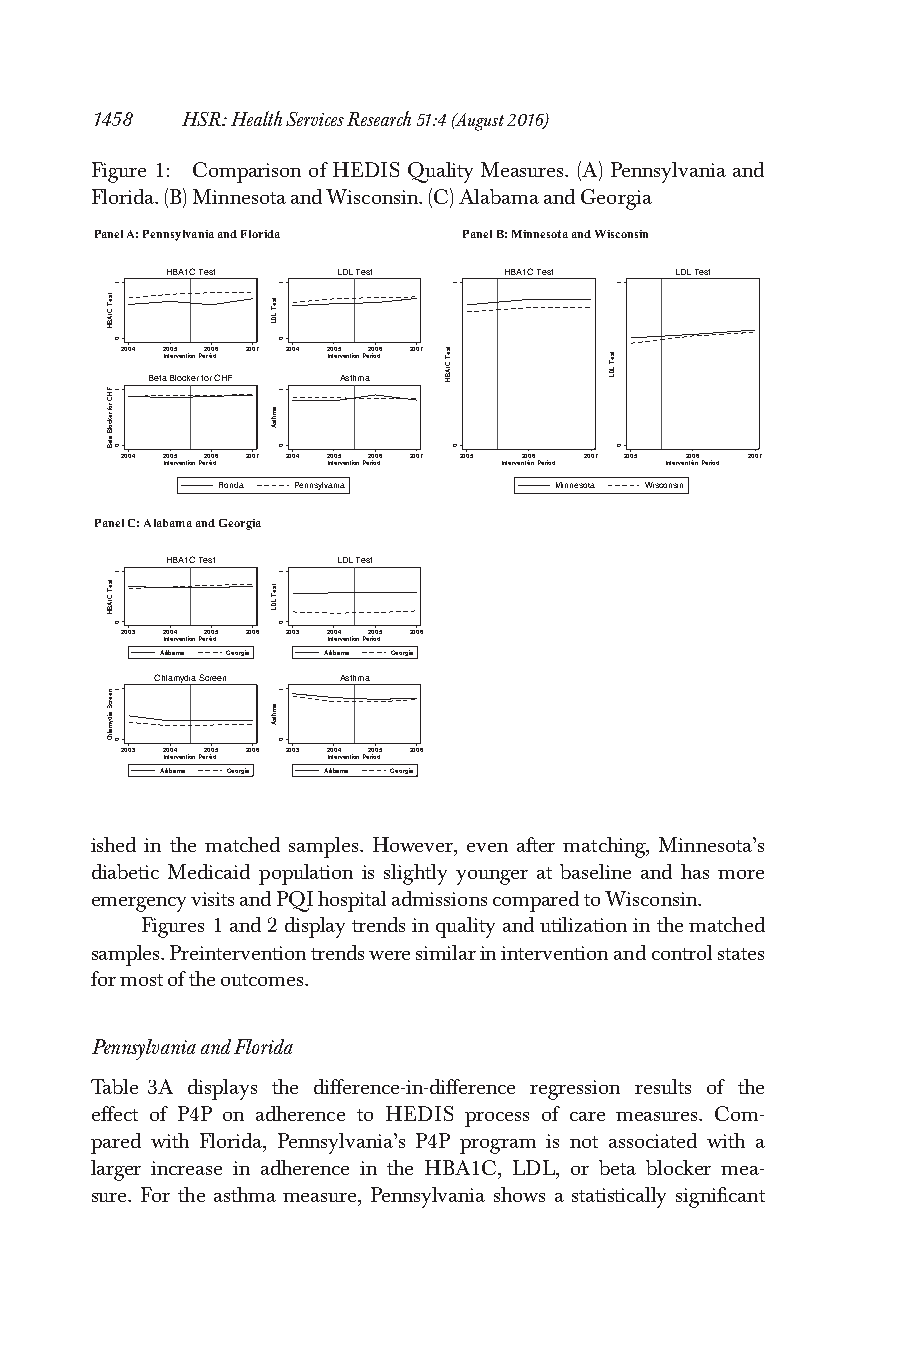
1458  HSR:HealthServicesResearch51:4(August2016)
 Figure 1: Comparison of HEDIS Quality Measures. (A) Pennsylvania and
 Florida.(B)MinnesotaandWisconsin.(C)AlabamaandGeorgia
 Panel A: Pennsylvania and Florida Panel B: Minnesota and Wisconsin
 HBA1C Test LDL Test   HBA1C Test  LDL Test
 2004 2005 2006 2007 2004 2005 2006 2007 Intervention Period Intervention Period
 Beta Blocker for CHF Asthma
 2004 2005 2006 2007 2004 2005 2006 2007 2005 2006 2007 2005 2006 2007
 Intervention Period Intervention Period Intervention Period Intervention Period
 Florida Pennsylvania   Minnesota Wisconsin
 Panel C: Alabama and Georgia
 HBA1C Test LDL Test
 2003 2004 2005 2006 2003 2004 2005 2006
 Intervention Period Intervention Period
 Alabama Georgia Alabama Georgia
 Chlamydia Screen Asthma
 2003 2004 2005 2006 2003 2004 2005 2006
 Intervention Period Intervention Period
 Alabama Georgia Alabama Georgia
 ished in the matched samples. However, even after matching, Minnesota’s
 diabetic Medicaid population is slightly younger at baseline and has more
 emergencyvisitsandPQIhospitaladmissionscomparedtoWisconsin.
 Figures 1and2displaytrendsinqualityandutilizationinthematched
 samples.Preinterventiontrendsweresimilarininterventionandcontrolstates
 formostoftheoutcomes.
 PennsylvaniaandFlorida
 Table 3A displays the difference-in-difference regression results of the
 effect of P4P on adherence to HEDIS process of care measures. Com-
 pared with Florida, Pennsylvania’s P4P program is not associated with a
 larger increase in adherence in the HBA1C, LDL, or beta blocker mea-
 sure. For the asthma measure, Pennsylvania shows a statistically significant
 tseT
 C1ABH
 FHC
 rof rekcolB
 ateB
 tseT
 C1ABH
 neercS
 aidymalhC
 1
 0
 1
 0
 1
 0
 1
 0
 tseT
 LDL
 amhtsA
 tseT
 LDL
 amhtsA
 1
 0
 1
 0
 1
 0
 1
 0
 tseT
 C1ABH
 1
 0
 tseT
 LDL
 1
 0